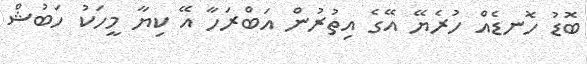
ބޮޑު ހޮނޑެއް ހުރެޔޭ އޭގެ އިތުރުން އަބްރަހާ އޭ ކިޔާ މީހަކު ހަބުޝް